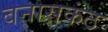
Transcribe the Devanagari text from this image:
बनासकंठ